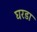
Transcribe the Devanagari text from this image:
घरडा